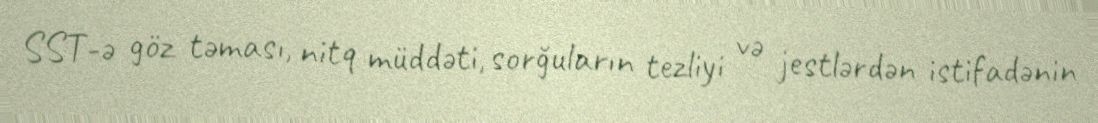
SST-ə göz təması, nitq müddəti, sorğuların tezliyi və jestlərdən istifadənin